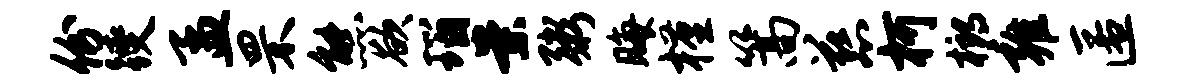
份躞孟罘熊欲瑙案粥晦槿篙慈柯榔雍匿